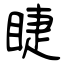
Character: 睫